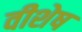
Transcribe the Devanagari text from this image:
वीशेष